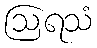
ဩရသံ